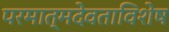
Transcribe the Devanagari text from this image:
परमात्मदेवताविशेष